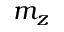
m _ { z }